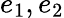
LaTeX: e_{1},e_{2}